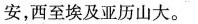
安，西至埃及亚历山大。